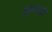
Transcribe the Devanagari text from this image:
हालातो